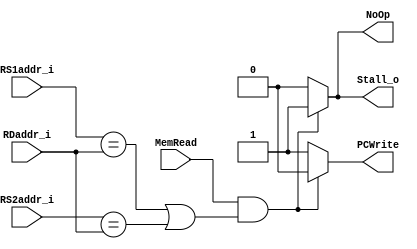
module Hazard_Detection(
    RS1addr_i,
    RS2addr_i,
    MemRead,
    RDaddr_i,
    PCWrite,
    Stall_o,
    NoOp,
);

input [4:0] RS1addr_i;
input [4:0] RS2addr_i;
input MemRead;
input [4:0] RDaddr_i;

output PCWrite;
output Stall_o;
output NoOp;

reg PCWrite;
reg Stall_o;
reg NoOp;

initial
begin
    PCWrite <= 0;
    Stall_o <= 0;
    NoOp <= 0;
end

always @(*)
begin
    if (MemRead && ((RS1addr_i == RDaddr_i) || (RS2addr_i == RDaddr_i)))
    begin
        PCWrite <= 0;
        Stall_o <= 1;
        NoOp <= 1;
    end
    else
    begin
        PCWrite <= 1;
        Stall_o <= 0;
        NoOp <= 0;
    end
end

endmodule